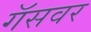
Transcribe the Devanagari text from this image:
गॅसवर